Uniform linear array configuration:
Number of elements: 16
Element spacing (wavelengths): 0.75
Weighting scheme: kaiser
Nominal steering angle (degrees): -30
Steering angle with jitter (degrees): -30.875
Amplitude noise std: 0.05
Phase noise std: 0.05

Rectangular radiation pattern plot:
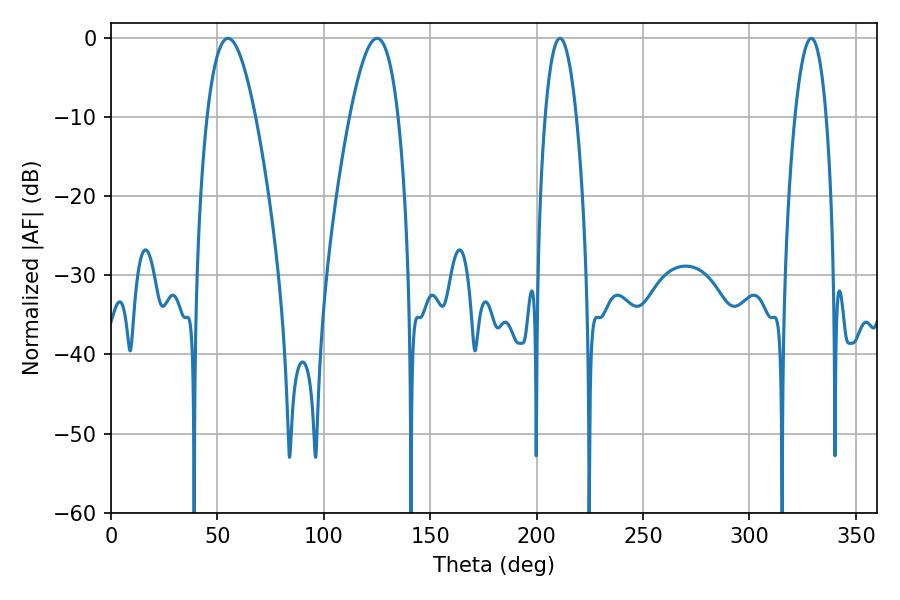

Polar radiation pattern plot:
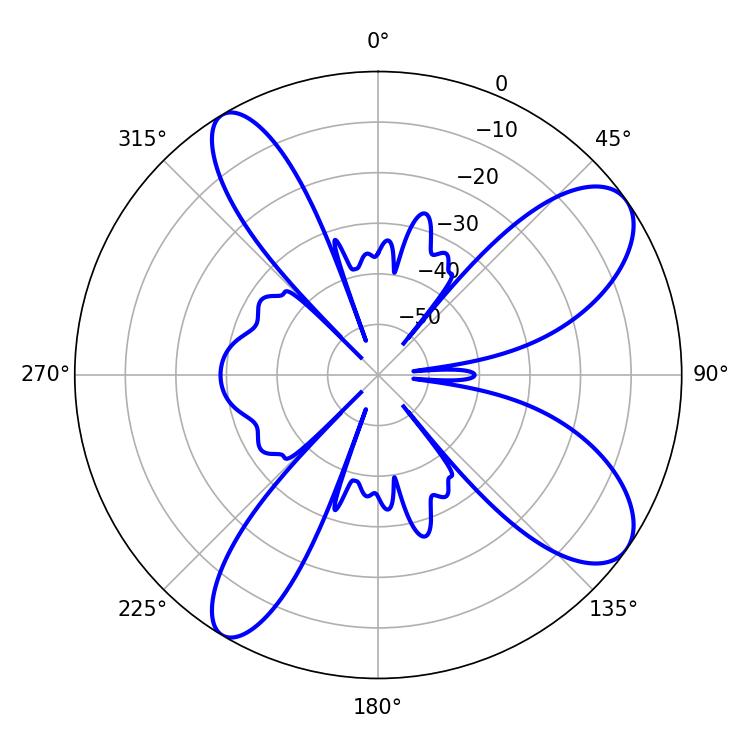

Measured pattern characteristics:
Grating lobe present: TRUE
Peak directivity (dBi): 9.447
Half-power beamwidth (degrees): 8.1
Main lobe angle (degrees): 210.96